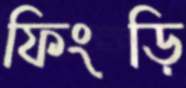
ফিংড়ি